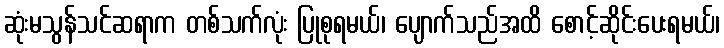
ဆုံးမသွန်သင်ဆရာက တစ်သက်လုံး ပြုစုရမယ်၊ ပျောက်သည်အထိ စောင့်ဆိုင်းပေးရမယ်၊